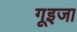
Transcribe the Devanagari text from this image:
गूइजा